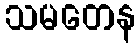
သမတေန